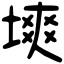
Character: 塽